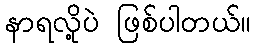
နာရလို့ပဲ ဖြစ်ပါတယ်။